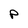
Character: p